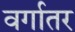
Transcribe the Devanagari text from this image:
वर्गातर